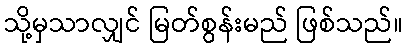
သို့မှသာလျှင် မြတ်စွန်းမည် ဖြစ်သည်။